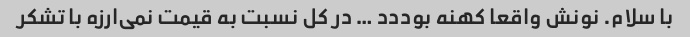
با سلام. نونش واقعا کهنه بوددد … در کل نسبت به قیمت نمی‌ارزه با تشکر